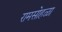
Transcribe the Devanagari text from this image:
रामसोहळा